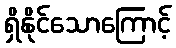
ရှိနိုင်သောကြောင့်